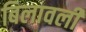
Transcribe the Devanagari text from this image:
बिलावली